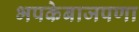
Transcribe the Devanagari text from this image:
भपकेबाजपणा